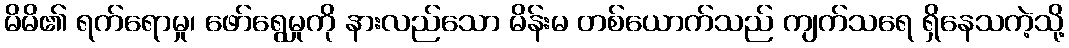
မိမိ၏ ရက်ရောမှု၊ ဖော်ရွေမှုကို နားလည်သော မိန်းမ တစ်ယောက်သည် ကျက်သရေ ရှိနေသကဲ့သို့